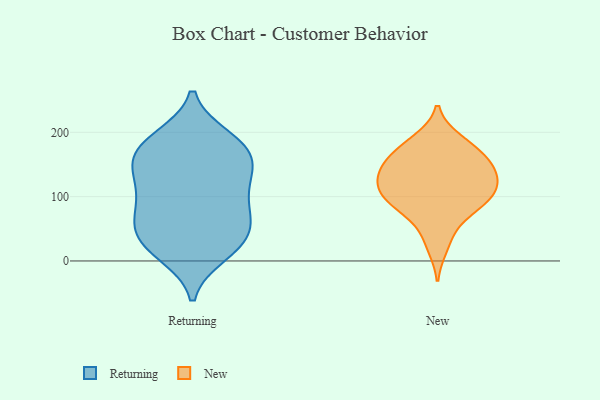
{"axis": {"x": "Population (Million)", "y": "Value"}, "legend": ["New", "Returning"], "data": [{"x": "", "y": 31, "type": "Returning"}, {"x": "", "y": 109, "type": "Returning"}, {"x": "", "y": 20, "type": "Returning"}, {"x": "", "y": 183, "type": "Returning"}, {"x": "", "y": 128, "type": "Returning"}, {"x": "", "y": 56, "type": "Returning"}, {"x": "", "y": 47, "type": "Returning"}, {"x": "", "y": 172, "type": "Returning"}, {"x": "", "y": 185, "type": "Returning"}, {"x": "", "y": 25, "type": "Returning"}, {"x": "", "y": 122, "type": "Returning"}, {"x": "", "y": 71, "type": "Returning"}, {"x": "", "y": 80, "type": "Returning"}, {"x": "", "y": 79, "type": "Returning"}, {"x": "", "y": 11, "type": "Returning"}, {"x": "", "y": 159, "type": "Returning"}, {"x": "", "y": 191, "type": "Returning"}, {"x": "", "y": 141, "type": "Returning"}, {"x": "", "y": 156, "type": "Returning"}, {"x": "", "y": 99, "type": "New"}, {"x": "", "y": 46, "type": "New"}, {"x": "", "y": 130, "type": "New"}, {"x": "", "y": 136, "type": "New"}, {"x": "", "y": 129, "type": "New"}, {"x": "", "y": 189, "type": "New"}, {"x": "", "y": 97, "type": "New"}, {"x": "", "y": 81, "type": "New"}, {"x": "", "y": 167, "type": "New"}, {"x": "", "y": 165, "type": "New"}, {"x": "", "y": 21, "type": "New"}, {"x": "", "y": 114, "type": "New"}, {"x": "", "y": 188, "type": "New"}, {"x": "", "y": 154, "type": "New"}, {"x": "", "y": 84, "type": "New"}, {"x": "", "y": 83, "type": "New"}, {"x": "", "y": 112, "type": "New"}, {"x": "", "y": 117, "type": "New"}, {"x": "", "y": 160, "type": "New"}, {"x": "", "y": 143, "type": "New"}]}